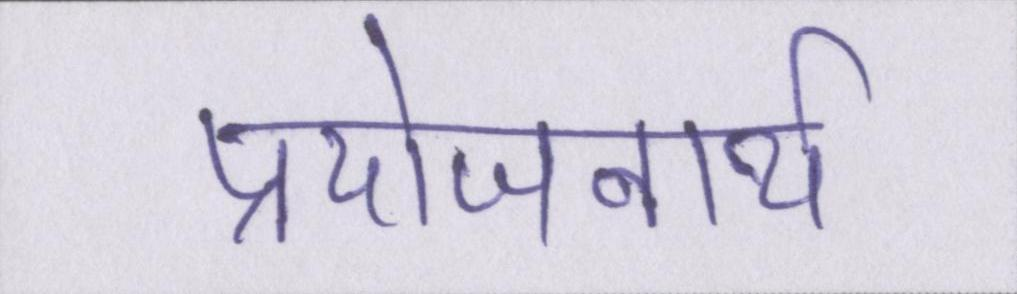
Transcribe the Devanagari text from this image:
प्रयोजनार्थ